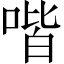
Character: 喈